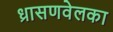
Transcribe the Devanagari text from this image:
ध्रासणवेलका